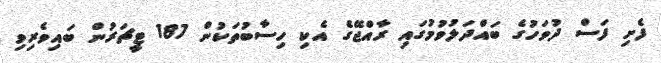
ފެށި ފަސް ދުވަހުގެ ބައްދަލުވުމުގައި ރާއްޖޭގެ އެކި ހިސާބުތަކުން 187 ޓީޗަރުން ބައިވެރިވި